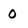
Character: 0